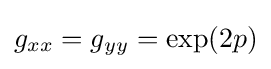
g_{xx}=g_{yy}=\exp(2p)